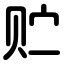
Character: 贮